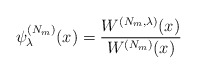
\begin{align*} \psi _{\lambda }^{( N_{m}) }(x)=\frac{W^{( N_{m},\lambda ) }(x) }{W^{( N_{m}) }(x) } \end{align*}